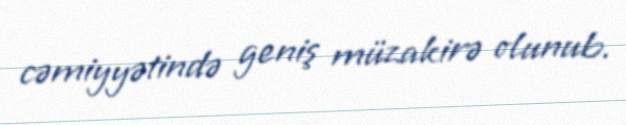
cəmiyyətində geniş müzakirə olunub.